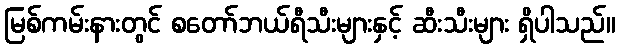
မြစ်ကမ်းနားတွင် စတော်ဘယ်ရီသီးများနှင့် ဆီးသီးများ ရှိပါသည်။